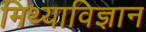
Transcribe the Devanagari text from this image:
मिथ्याविज्ञान